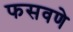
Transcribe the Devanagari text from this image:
फसवणे